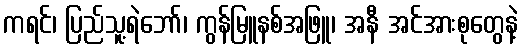
ကရင်၊ ပြည်သူ့ရဲဘော်၊ ကွန်မြူနစ်အဖြူ၊ အနီ အင်အားစုတွေနဲ့